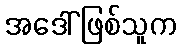
အဒေါ်ဖြစ်သူက